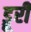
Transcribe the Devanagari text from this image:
ड्रूरी